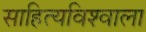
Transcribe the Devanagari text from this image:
साहित्यविश्‍वाला